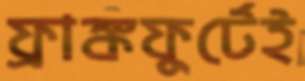
ফ্রাঙ্কফুর্টেই